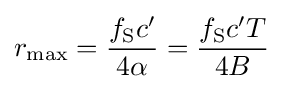
r_{\mathrm {max} }={\frac {f_{\mathrm {S} }c'}{4\alpha }}={\frac {f_{\mathrm {S} }c'T}{4B}}